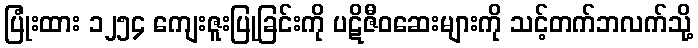
ပြုံးထား ၁၂၅၄ ကျေးဇူးပြုခြင်းကို ပဋိဇီဝဆေးများကို သင့်တက်ဘလက်သို့